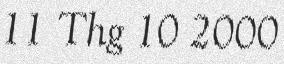
11 Thg 10 2000